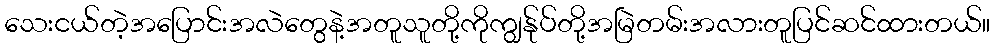
သေးငယ်တဲ့အပြောင်းအလဲတွေနဲ့အတူသူတို့ကိုကျွန်ုပ်တို့အမြဲတမ်းအလားတူပြင်ဆင်ထားတယ်။